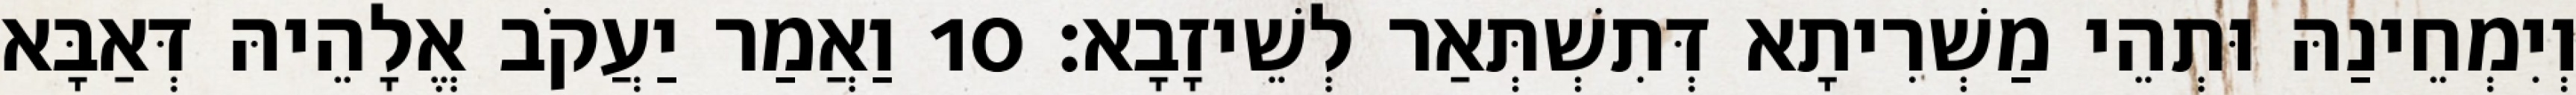
וְיִמְחֵינַהּ וּתְהֵי מַשְׁרִיתָא דְּתִשְׁתְּאַר לְשֵׁיזָבָא׃ 10 וַאֲמַר יַעֲקֹב אֱלָהֵיהּ דְּאַבָּא